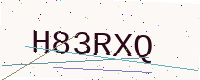
Text: H83RXQ